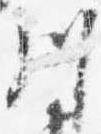
川